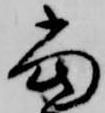
当